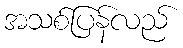
အသစ်ပြန်လည်